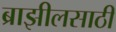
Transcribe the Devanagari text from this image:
ब्राझीलसाठी